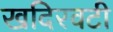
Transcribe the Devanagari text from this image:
खदिरवटी